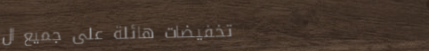
تخفيضات هائلة على جميع ال